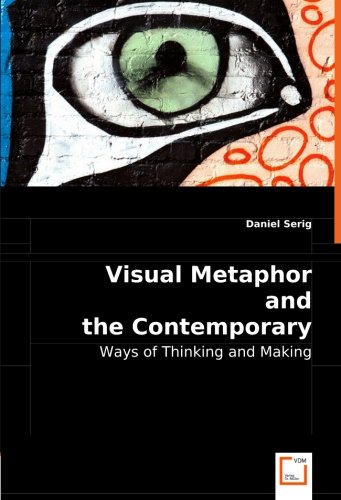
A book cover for Visual Metaphor and the Contemporary Artist: Ways of Thinking and Making; Daniel Serig; Arts & Photography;